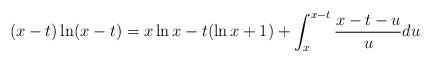
LaTeX: \begin{align*} (x-t)\ln(x-t) = x\ln x -t (\ln x+1) + \int_x^{x-t} \frac{x-t-u}{u}du \end{align*}